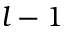
l - 1